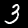
Label: 3